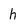
Character: h